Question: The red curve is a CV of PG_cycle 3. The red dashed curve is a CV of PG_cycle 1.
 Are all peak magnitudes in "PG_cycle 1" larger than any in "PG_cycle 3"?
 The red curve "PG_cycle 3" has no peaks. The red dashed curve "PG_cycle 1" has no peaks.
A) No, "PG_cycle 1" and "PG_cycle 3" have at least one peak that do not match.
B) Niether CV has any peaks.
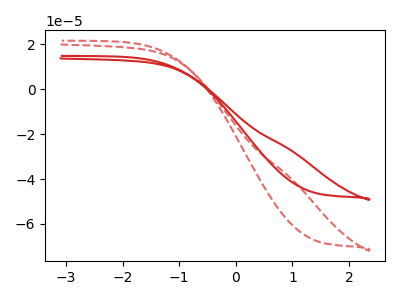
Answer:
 <answer>B) Niether CV has any peaks.</answer>
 <eval>B</eval>